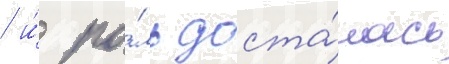
/ и́ ро́ль доста́лась